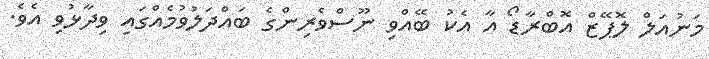
މަނުއަލް ލޮޕޭޒް އޮބްރާޑޯ އާ އެކު ބޭއްވި ނޫސްވެރިންގެ ބައްދަލުވުމެއްގައި ވިދާޅުވި އެވެ.